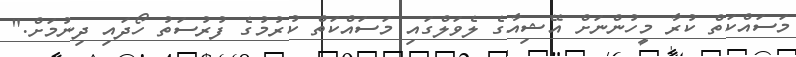
މަސައްކަތް ކުރާ މީހުންނަށް އޭޝިއާގެ ލެވަލްގައި މަސައްކަތް ކުރުމުގެ ފުރުސަތު ހޯދައި ދިނުމަށް."